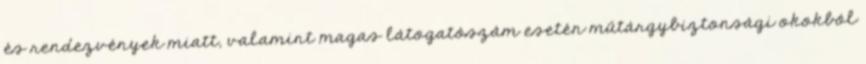
és rendezvények miatt, valamint magas látogatószám esetén műtárgybiztonsági okokból